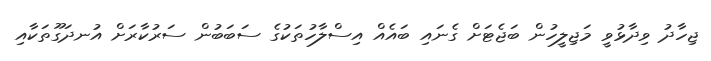
ޖިހާދު ވިދާޅުވީ މަޖިލީހުން ބަޖެޓަށް ގެނައި ބައެއް އިސްލާހުތަކުގެ ސަބަބުން ސަރުކާރަށް އުނދަގޫތަކާއި